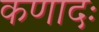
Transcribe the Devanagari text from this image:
कणादः